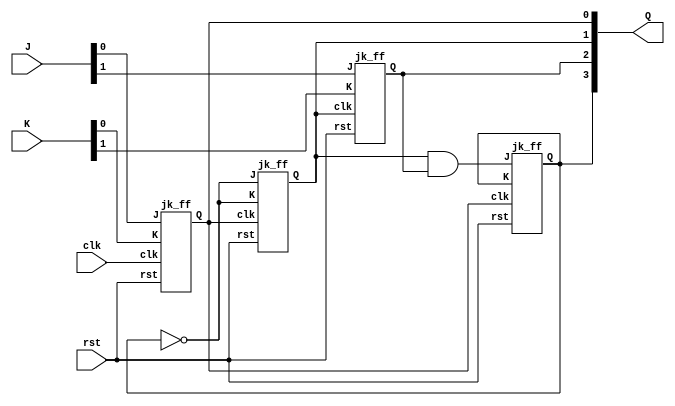
module async_decade_counter(input clk, rst, input [1:0]J,K, output [3:0] Q);
  
  wire w1,w2;
  
  jk_ff JK1(J[0],K[0], clk ,rst, Q[0]);
  assign w1 = ~Q[3];
  jk_ff JK2(w1,w1,Q[0],rst, Q[1]);
  
  jk_ff JK3(J[1],K[1] , Q[1] ,rst,Q[2]);
  assign w2 = Q[1]&Q[2];
  jk_ff JK4(w2 , ~w1 , Q[0] ,rst, Q[3]);

endmodule

module jk_ff(input  J, K , clk ,rst, output reg Q);
  always @(negedge clk) begin
    if(rst)
      Q <= 1'b0;
    else begin
    case({J,K})
      2'b00 : Q <= Q   ;
      2'b01 : Q <= 1'b0;
      2'b10 : Q <= 1'b1;
      2'b11 : Q <= ~Q  ;
    endcase
  end
  end
endmodule